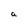
Character: a